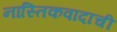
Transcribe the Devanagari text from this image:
नास्तिकवादाची